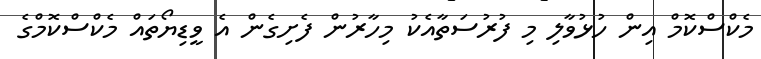
މެކްސްކޮމް އިން ހުޅުވާލި މި ފުރުސަތާއެކު މިހާރުން ފެށިގެން އެ ވީޑިޔޯތައް މެކްސްކޮމްގެ